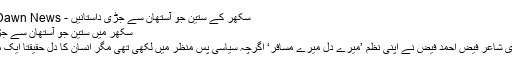
سکھر کے ستین جو آستھان سے جڑی داستانیں - Opinions - Dawn News
سکھر میں ستین جو آستھان سے جڑی کئی داستانیں
انقلابی و رومانوی شاعر فیض احمد فیض نے اپنی نظم ’میرے دل میرے مسافر‘ اگرچہ سیاسی پس منظر میں لکھی تھی مگر انسان کا دل حقیقتاً ایک مسافر ہی تو ہے۔